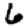
Digit: 6